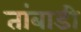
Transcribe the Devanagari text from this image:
तांबाडी